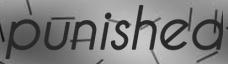
punished